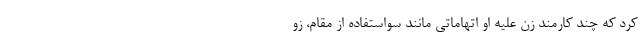
کرد که چند کارمند زن علیه او اتهاماتی مانند سواستفاده از مقام، زو